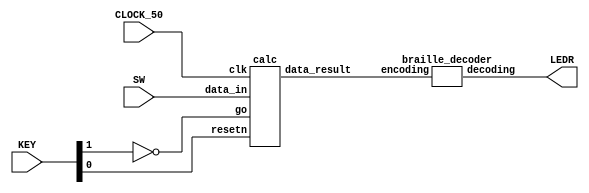
module m2(SW, KEY, CLOCK_50, LEDR);
    input [3:0] SW;
    input [1:0] KEY;
    input CLOCK_50;
    output [5:0] LEDR;

    wire resetn;
    wire go;

    wire [3:0] data_result;
    assign go = ~KEY[1];
    assign resetn = KEY[0];

    calc c0(
        .clk(CLOCK_50),
        .resetn(resetn),
        .go(go),
        .data_in(SW[3:0]),
        .data_result(data_result)
    );

    braille_decoder b0(
        .encoding(data_result[3:0]),
        .decoding(LEDR[5:0])
    );

endmodule


module calc(
    input clk,
    input resetn,
    input go,
    input [3:0] data_in,
    output [3:0] data_result
    );
  
    wire loop;

    wire ld_a, ld_b, ld_x;
    wire ld_t;
    wire ld_c;
    wire ld_op;
    wire ld_q;
    wire ld_r, ld_op_reg;
    wire [1:0] ld_op_reg_op;
    wire ld_alu_out;
    wire [2:0] alu_select_a, alu_select_b;
    wire [2:0] alu_op;

    control c0(
        .clk(clk),
        .resetn(resetn),

        .go(go),

        .loop(loop),

        .ld_a(ld_a),
        .ld_b(ld_b),
        .ld_x(ld_x),

        .ld_t(ld_t),

        .ld_c(ld_c),

        .ld_op(ld_op),

        .ld_q(ld_q),

        .ld_r(ld_r),

        .ld_op_reg(ld_op_reg),

        .ld_op_reg_op(ld_op_reg_op),

        .ld_alu_out(ld_alu_out),

        .alu_select_a(alu_select_a),
        .alu_select_b(alu_select_b),

        .alu_op(alu_op)
    );

    datapath d0(
        .clk(clk),
        .resetn(resetn),

        .data_in(data_in),

        .ld_a(ld_a),
        .ld_b(ld_b),
        .ld_x(ld_x),

        .ld_t(ld_t),

        .ld_c(ld_c),

        .ld_op(ld_op),

        .ld_q(ld_q),

        .ld_r(ld_r),

        .ld_op_reg(ld_op_reg),

        .ld_op_reg_op(ld_op_reg_op),

        .ld_alu_out(ld_alu_out),

        .alu_select_a(alu_select_a),
        .alu_select_b(alu_select_b),

        .alu_op(alu_op),

        .loop(loop),

        .data_result(data_result)
    );
endmodule


module control(
    input clk,
    input resetn,
    input go,

    input loop,

    output reg ld_a, ld_b, ld_x,
    output reg ld_t,
    output reg ld_c,
    output reg ld_op,
    output reg ld_q,
    output reg ld_r, ld_op_reg,
    output reg [1:0] ld_op_reg_op,
    output reg ld_alu_out,
    output reg [2:0] alu_select_a, alu_select_b,
    output reg [2:0] alu_op
    );

    reg [4:0] current_state, next_state;

    localparam  LD_A        = 5'd0,
                LD_A_WAIT   = 5'd1,
                LD_B        = 5'd2,
                LD_B_WAIT   = 5'd3,
                LD_OP       = 5'd4,
                LD_OP_WAIT  = 5'd5,
                ADD         = 5'd6,
                SUB         = 5'd7,
                MUL         = 5'd8,
                PRE_DIV     = 5'd9,
                DIV_0       = 5'd10,
                DIV_1       = 5'd11,
                DIV_2       = 5'd12,
                DIV_3       = 5'd13,
                DIV_4       = 5'd14,
                DIV_5       = 5'd15,
                DIV_6       = 5'd16,
                LD_DIV      = 5'd17,
                LD          = 5'd18;
                

    always @(*) begin
        case (current_state)
            LD_A:       next_state = go ? LD_A_WAIT : LD_A;
            LD_A_WAIT:  next_state = go ? LD_A_WAIT: LD_B;
            LD_B:       next_state = go ? LD_B_WAIT : LD_B;
            LD_B_WAIT:  next_state = go ? LD_B_WAIT : LD_OP;
            LD_OP:      next_state = go ? LD_OP_WAIT: LD_OP;
            LD_OP_WAIT: next_state = go ? LD_OP_WAIT : ADD;
            ADD:        next_state = SUB;
            SUB:        next_state = MUL;
            MUL:        next_state = PRE_DIV;
            PRE_DIV:    next_state = DIV_0;
            DIV_0:      next_state = DIV_1;
            DIV_1:      next_state = DIV_2;
            DIV_2:      next_state = DIV_3;
            DIV_3:      next_state = DIV_4;
            DIV_4:      next_state = DIV_5;
            DIV_5:      next_state = DIV_6;
            DIV_6:      next_state = loop ? DIV_0 : LD_DIV; 
            LD_DIV:     next_state = LD;
            LD:         next_state = LD_A;
            default:    next_state = LD_A;
        endcase
    end

    always @(*) begin
        ld_a            = 1'b0;
        ld_b            = 1'b0;
        ld_x            = 1'b0;
        
        ld_t            = 1'b0;

        ld_c            = 1'b0;

        ld_op           = 1'b0;

        ld_q            = 1'b0;

        ld_r            = 1'b0;
        ld_op_reg       = 1'b0;
        
        ld_op_reg_op    = 2'b0;
        
        ld_alu_out      = 1'b0;
        
        alu_select_a    = 3'b0;
        alu_select_b    = 3'b0;

        alu_op          = 3'b0;

        case (current_state)
            LD_A: begin
                ld_a            = 1'b1;    
            end
            LD_B: begin
                ld_b            = 1'b1;
            end
            LD_OP: begin
                ld_op           = 1'b1;
            end
            PRE_DIV: begin
                ld_c            = 1'd1;  // set the clock counter to 0
            end
            DIV_0: begin
                alu_select_a    = 3'd2;
                alu_select_b    = 3'd0;

                alu_op          = 3'd3;

                ld_x            = 1'd1;
            end
            DIV_1: begin
                alu_select_a    = 3'd0;
                
                alu_op          = 3'd4;

                ld_alu_out      = 1'd1;
                ld_a            = 1'd1;
            end
            DIV_2: begin
                alu_select_a    = 3'd2;
                alu_select_b    = 3'd1;
                
                alu_op          = 3'd1;

                ld_x            = 1'd1;
            end
            DIV_3: begin
                alu_select_a    = 3'd2;

                alu_op          = 3'd5;

                ld_q            = 1'd1;
            end
            DIV_4: begin
                alu_select_a    = 3'd3;
                alu_select_b    = 3'd1;
                
                alu_op          = 3'd2;

                ld_t            = 1'd1;
            end
            DIV_5: begin
                alu_select_a    = 3'd2;
                alu_select_b    = 3'd4;

                alu_op          = 3'd0;

                ld_alu_out      = 1'd1;
                ld_x            = 1'd1;
            end
            DIV_6: begin
                alu_select_a    = 3'd0;
                alu_select_b    = 3'd3;

                alu_op          = 3'd6;

                ld_alu_out      = 1'd1;
                ld_a            = 1'd1;
            end
            LD_DIV: begin
                ld_op_reg       = 1'd1;
                ld_op_reg_op    = 2'd3;
            end 
            ADD: begin
                alu_select_a    = 3'd0;
                alu_select_b    = 3'd1;

                alu_op          = 3'd0;

                ld_op_reg       = 1'd1;
                ld_op_reg_op    = 2'd0;
            end
            SUB: begin
                alu_select_a    = 3'd0;
                alu_select_b    = 3'd1;

                alu_op          = 3'd1;

                ld_op_reg       = 1'd1;
                ld_op_reg_op    = 2'd1;
            end
            MUL: begin
                alu_select_a    = 3'd0;
                alu_select_b    = 3'd1;

                alu_op          = 3'd2;

                ld_op_reg       = 1'd1;
                ld_op_reg_op    = 2'd2;
            end
            LD: begin
                ld_r            = 1'b1;
            end
        endcase
    end

    always @ (posedge clk) begin
        if (!resetn)
            current_state <= LD_A;
        else
            current_state <= next_state;
    end
endmodule


module datapath(
    input clk,
    input resetn,
    input [3:0] data_in,
    input ld_a, ld_b, ld_x, 
    input ld_t,
    input ld_c,
    input ld_op,
    input ld_q,
    input ld_r, ld_op_reg,
    input [1:0] ld_op_reg_op, 
    input ld_alu_out,
    input [2:0] alu_select_a, alu_select_b,
    input [2:0] alu_op,
    output reg loop,
    output reg [3:0] data_result
    );

    // input registers
    reg [3:0] a, b, x;

    // special tmp reg for div
    reg [3:0] t;

    // count clock cycles for div
    reg [4:0] c;

    // op register
    reg [1:0] op;
    
    // special reg for div
    reg q;

    // output of the alu
    reg [3:0] alu_out;

    // op results
    reg [3:0] add, sub, mul, div;

    // alu input muxes
    reg [3:0] alu_a, alu_b;

    // load registers
    always @ (posedge clk) begin
        if (!resetn) begin
            a <= 4'd0;
            b <= 4'd0;
            x <= 4'd0;
            
            t <= 4'd0;

            c <= 5'd0;

            op <= 2'd0;
            
            q <= 1'd0;
        end
        else begin
            if (ld_a)
                a <= ld_alu_out ? alu_out : data_in;
            if (ld_b)
                b <= data_in;
            if (ld_x)
                x <= alu_out;
            if (ld_op)
                op <= data_in[1:0];
            if (ld_q)
                q <= alu_out[3:3];
            if (ld_t)
                t <= alu_out;
            
            if (ld_c)
                c <= 5'd0;
            else
                c <= c + 5'd1; 
        end
    end

    // output result register
    always @ (posedge clk) begin
        if (!resetn) begin
            data_result <= 4'd0;
            
            add <= 4'd0;
            sub <= 4'd0;
            mul <= 4'd0;
            div <= 4'd0;

            loop <= 1'd0;
        end
        else begin
            if (ld_r) begin
                case (op)
                    2'b00: data_result <= add;
                    2'b01: data_result <= sub;
                    2'b10: data_result <= mul;
                    2'b11: data_result <= div;
                endcase
            end
            if (ld_op_reg) begin
                case (ld_op_reg_op)
                    2'b00: add <= alu_out;
                    2'b01: sub <= alu_out;
                    2'b10: mul <= alu_out;
                    2'b11: div <= a;
                endcase
            end

            loop <= c < 5'd26;
        end
    end

    // The ALU input multiplexers
    always @(*)
    begin
        case (alu_select_a)
            3'd0:
                alu_a = a;
            3'd1:
                alu_a = b;
            3'd2:
                alu_a = x;
            3'd3:
                alu_a = {3'b000, q};
            3'd4:
                alu_a = t;
            default:
                alu_a = a;
        endcase

        case (alu_select_b)
            3'd0:
                alu_b = a;
            3'd1:
                alu_b = b;
            3'd2:
                alu_b = x;
            3'd3:
                alu_b = {3'b000, q};
            3'd4:
                alu_b = t;
            default:
                alu_b = a;
        endcase
    end

    // tmp reg for alu out
    reg [7:0] tmp;

    // The ALU
    always @(*)
    begin : ALU
        case (alu_op)
            3'd0:   alu_out = alu_a + alu_b;
            3'd1:   alu_out = alu_a - alu_b;
            3'd2:   alu_out = alu_a * alu_b;
            3'd3:   
            begin
                    tmp = {alu_a, alu_b} << 1;
                    alu_out = tmp[7:4]; 
            end
            3'd4:   alu_out = alu_a << 1;
            3'd5:   alu_out = alu_a;
            3'd6:   alu_out = {alu_a[3:1], ~alu_b[0]};
        endcase
    end

endmodule


module braille_decoder(encoding, decoding);
    input [3:0] encoding;
    output reg [5:0] decoding;

    always @(*)
        case (encoding)
            // 1 if coloured in, raster scan order
            4'd0: decoding = 6'b00_0111;
            4'd1: decoding = 6'b00_1000;
            4'd2: decoding = 6'b00_1010;
            4'd3: decoding = 6'b00_1100;
            4'd4: decoding = 6'b00_1101;
            4'd5: decoding = 6'b00_1001;
            4'd6: decoding = 6'b00_1110;
            4'd7: decoding = 6'b00_1111;
            4'd8: decoding = 6'b00_1011;
            4'd9: decoding = 6'b00_0101;
            4'd10: decoding = 6'b01_0011;
            4'd11: decoding = 6'b00_0011;
            4'd12: decoding = 6'b10_0001;
            4'd13: decoding = 6'b01_0010;
            4'd14: decoding = 6'b11_1111;
        endcase
endmodule